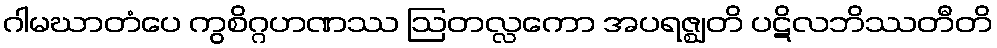
ဂါမဃာတံပေ ကွစိဂ္ဂဟဏဿ ဩတလ္လကော အပရဇ္ဈတိ ပဋိလဘိဿတီတိ